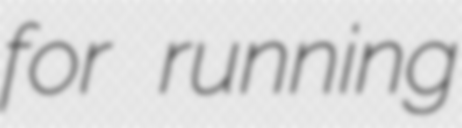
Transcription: for running